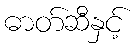
ဓာတ်ဆီနှင့်